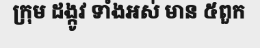
ក្រុម ដង្កូវ ទាំងអស់ មាន ៥ពួក